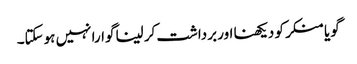
گویا منکر کو دیکھنا اور برداشت کر لینا گوارا نہیں ہوسکتا۔